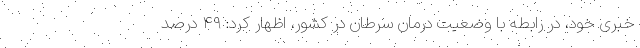
خبری خود، در رابطه با وضعیت درمان سرطان در کشور، اظهار کرد: ۴۹ درصد